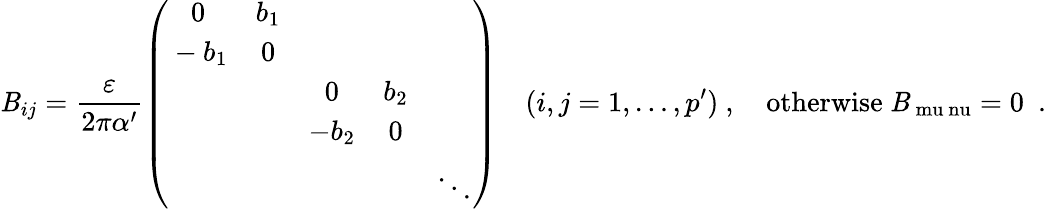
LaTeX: \mathit{B}_{ij}=\frac{{\varepsilon}}{{2\pi\alpha^{\prime}}}\left(\begin{array}{ccccc}{{0}}&{{b_{1}}}&{{}}&{{}}&{{}}\\ {{{}-b_{1}}}&{{0}}&{{}}&{{}}&{{}}\\ {{}}&{{}}&{{0}}&{{b_{2}}}&{{}}\\ {{}}&{{}}&{{-b_{2}}}&{{0}}&{{}}\\ {{}}&{{}}&{{}}&{{}}&{{\ddots}}\end{array}\right)\quad(i,j=1,\ldots,p^{\prime})~,\quad\mathrm{{otherwise~\mathit{B}_{\ mu\ nu}=0~}}~.